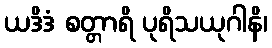
ယဒိဒံ စတ္တာရိ ပုရိသယုဂါနိ၊